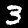
Label: 3